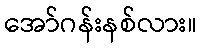
အော်ဂန်းနစ်လား။